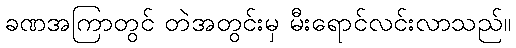
ခဏအကြာတွင် တဲအတွင်းမှ မီးရောင်လင်းလာသည်။